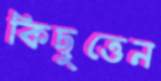
কিছুত্তেন